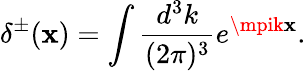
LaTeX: \delta^{\pm}(\mathbf{x})=\int\frac{{d^{3}k}}{{(2\pi)^{3}}}e^{\mpik\mathbf{x}}.